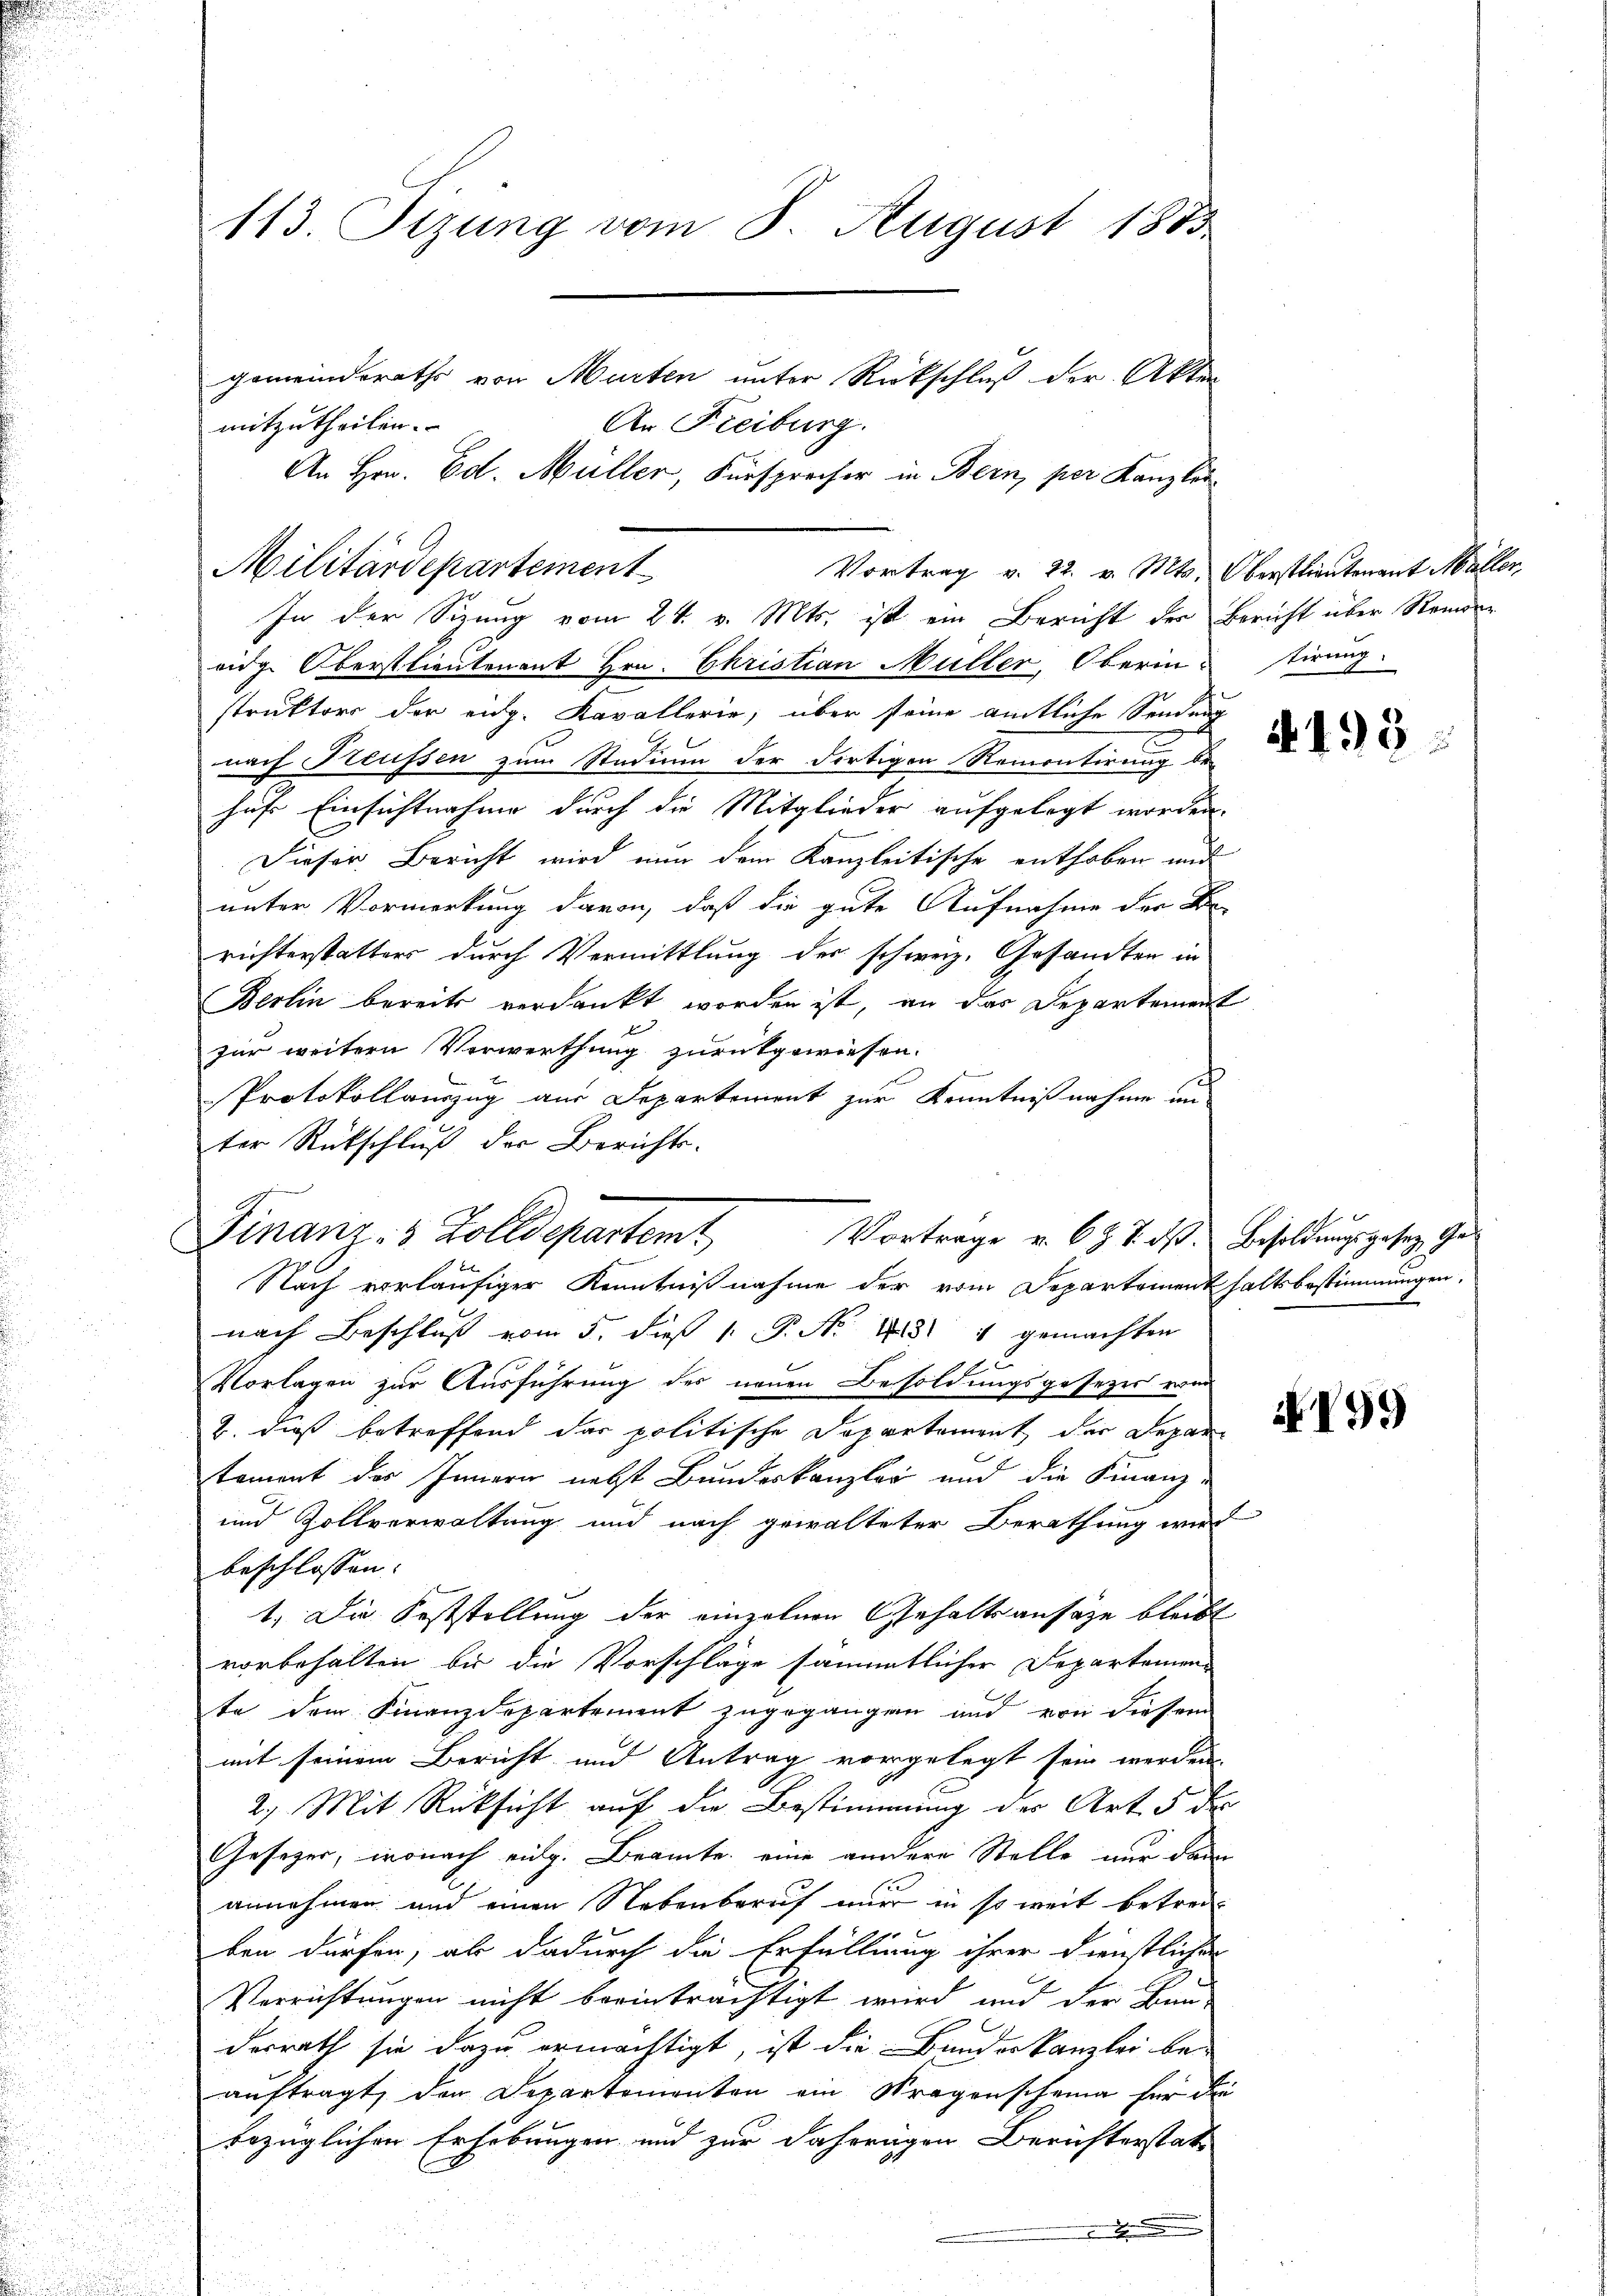
113. Tizung vom 8. August 1883
gemeindsrathe von Murten unter Rückschluß der Akten

mitzutheilen.
eidg. Oberstlieutenant Hrn. Christian Müller, Oberintirung
struktors der eidg. Kavallerie, über steine amtliche Sendung
nach Heussen zum Studium der dortigen Remontirung be-
hufs Einsichtnahme durch die Mitglieder aufgelegt worden.
Dieser Bericht wird nun dem Kanzleitische enthoben und
unter Vormerkung davon, daß die gute Aufnahme der Be-
richterstatters durch Vermittlung der schweiz. Gesandten in
Berlin bereits verdankt worden ist, an das Departement
r
zur weitern Verwerthung zurückgewiesen.
Protokollauszug aus Departement zur Kenntnißnahme im
ter Rückschluß der Berichte.
Finanz- & Zolldepartem
Nach vorläufiger Kenntnißnahme der vom Departementhaltsbestimmungen,
nach Beschluß vom 5. dieß 1. P. Nr. 408. 4 gemachten
2
Vorlagen zur Ausführung des neuen Besoldungsgesezes vom
2. dieß betreffend das politische Departement der Departament des Innern nebst Bundeskanzler und die Finanz-
und Zollverwaltung und nach gewalteter Berathung wird
beschlossen:
1. Die Feststellung der einzelnen Gehaltsansähe bleibt
vorbehalten bis die Vorschläge sämmtlicher Departemente dem Finanzdepartement zugegangen und von diesem
mit seinem Bericht und Antrag vorgelegt sein werden
2.) Mit Rücksicht auf die Bestimmung der Art 5 der
Gesezer, wonach eidg. Beamte eine andere Stelle nur dann
annehmen und einen Nebenberuf nur in so weit betreiben dürfen, als dadurch die Erfüllung ihrer Dienstlichen
Verrichtungen nicht beeinträchtigt wird und der Bau-
dorrath sie dazu ermächtigt, ist die Bundeskanzlei be-
auftragt, den Departementen ein Stragenscheine für die
bezüglichen Erhebungen und zur daherigen Berichterstatt
x

Militärdepartement

An Freiburg.
An Hrn. Ed. Müller, Fürsprecher in Bern, per Kanzlei-

Vortrag v. 22. v. Mts. Oberstlieutenant Müller,
In der Sizung vom 24. v. Mts. ist ein Bericht der Bericht über Roman

Vortrage u. 69. 7. d. Besoldŭngsgesez Ges

f

E

4193

8

799